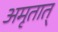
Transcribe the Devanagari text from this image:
अमृतात्‌